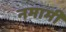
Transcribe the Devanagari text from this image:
नमामी